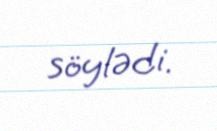
söylədi.